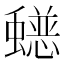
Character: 𮕄